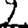
Digit: 2